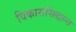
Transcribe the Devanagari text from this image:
विकाससिद्धान्त